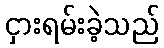
ငှားရမ်းခဲ့သည်